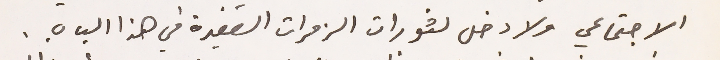
الاجتماعي ولا دخل لثورات الزمرات الصغيرة في هذا الباب.